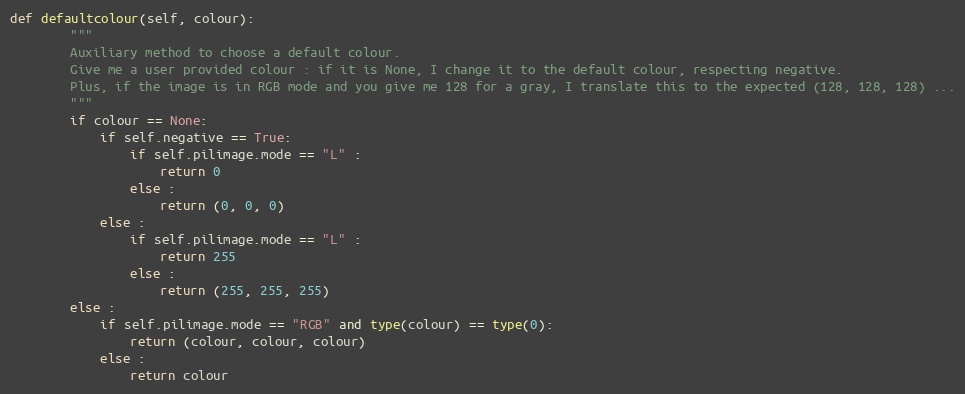
Language: Python
def defaultcolour(self, colour):
        """
        Auxiliary method to choose a default colour.
        Give me a user provided colour : if it is None, I change it to the default colour, respecting negative.
        Plus, if the image is in RGB mode and you give me 128 for a gray, I translate this to the expected (128, 128, 128) ...
        """
        if colour == None:
            if self.negative == True:
                if self.pilimage.mode == "L" :
                    return 0
                else :
                    return (0, 0, 0)
            else :
                if self.pilimage.mode == "L" :
                    return 255
                else :
                    return (255, 255, 255)
        else :
            if self.pilimage.mode == "RGB" and type(colour) == type(0):
                return (colour, colour, colour)
            else :
                return colour